Report on the metropolitan horse fairs and district horse shows of 1892-93 - 1892-1893
Year: 1892
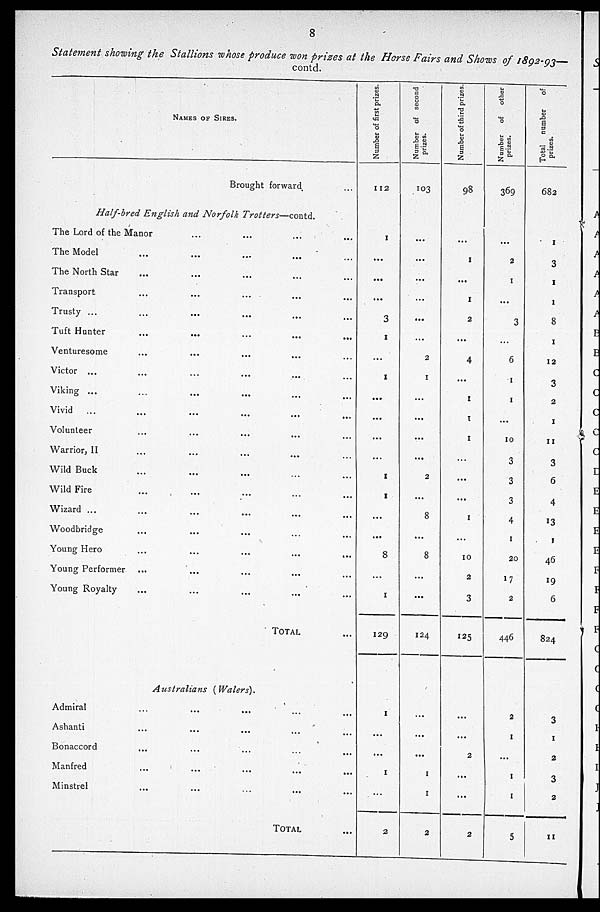
8
Statement showing the Stallions whose produce won prizes at the Horse Fairs and Shows of 1892-93—
contd.
NAMES OF SIRES.
Brought forward ...
Half-bred English and Norfolk
Trotters—contd.
The Lord of the Manor ... ... ... ...
The Model
...
...
...
...
The North Star ... ... ... ...
Transport
...
...
...
...
Trusty ... ... ... ... ...
Tuft Hunter ... ... ... ...
Venturesome
...
...
...
...
Victor ...
...
...
...
...
Viking ...
...
...
...
...
Vivid
...
...
...
...
...
Volunteer ... ... ... ...
Warrior, II ... ... ... ...
Wild Buck ... ... ... ...
Wild Fire ... ... ... ...
Wizard ... ... ... ... ...
Woodbridge ... ... ... ... ... ... ... ...
Young Hero
...
...
...
...
Young Performer
...
... ... ... ... ...
Young Royalty ... ... ... ...
TOTAL ...
Australians
(Walers).
Admiral
...
...
...
...
Ashanti
...
...
...
...
Bonaccord
...
...
...
...
Manfred
...
...
...
...
Minstrel ... ... ... ...
TOTAL ...
Number of first prizes
112
1
...
...
...
3
1
...
1
...
...
...
...
1
1
...
...
8
...
1
129
1
...
...
1
...
2
Number of second
prizes.
103
...
...
...
...
...
...
2
1
...
...
...
...
2
...
8
...
8
...
...
124
...
...
...
1
1
2
Number of third prizes
98
...
1
...
1
2
...
4
...
1
1
1
...
...
...
1
...
10
2
3
125
...
...
2
...
...
2
Number
of other
prizes.
369
...
2
1
...
3
...
6
1
1
...
10
3
3
3
4
1
20
17
2
446
2
1
...
1
1
5
Total number
of
prizes.
682
1
3
1
1
8
1
12
3
2
1
11
3
6
4
13
1
46
19
6
824
3
1
2
3
2
11